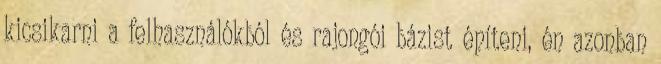
kicsikarni a felhasználókból és rajongói bázist építeni, én azonban